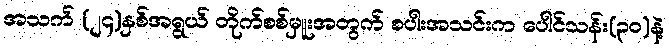
အသက် (၂၄)နှစ်အရွယ် တိုက်စစ်မှူးအတွက် စပါးအသင်းက ပေါင်သန်း(၃၀)နဲ့